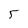
Character: 5